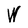
Character: W